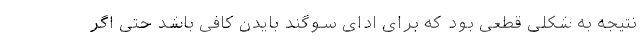
نتیجه به شکلی قطعی بود که برای ادای سوگند بایدن کافی باشد حتی اگر